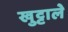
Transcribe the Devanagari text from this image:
खुट्टाले